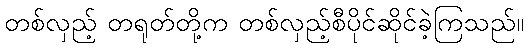
တစ်လှည့် တရုတ်တို့က တစ်လှည့်စီပိုင်ဆိုင်ခဲ့ကြသည်။